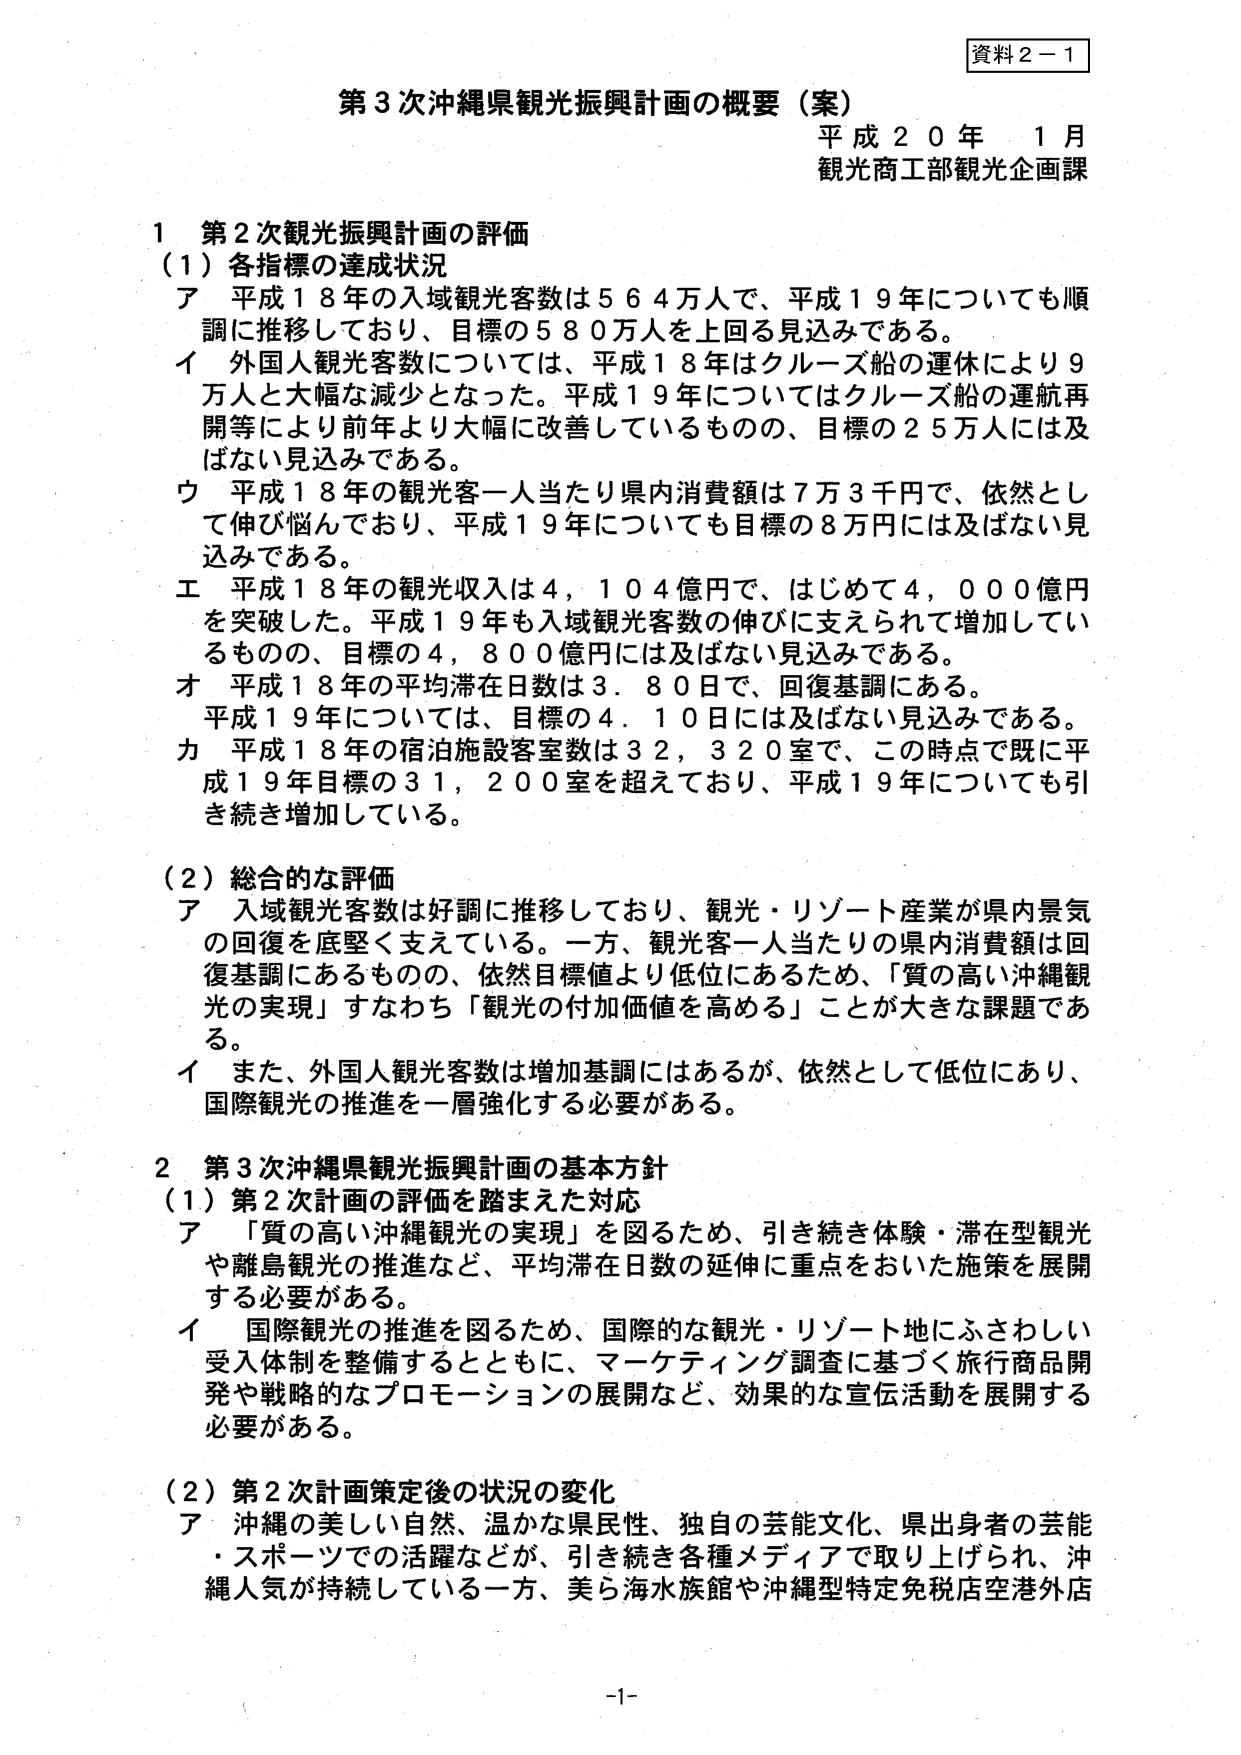
資料２－１

第３次沖縄県観光振興計画の概要（案）
平成２０年　１月
観光商工部観光企画課

１　第２次観光振興計画の評価
（１）各指標の達成状況
ア　平成１８年の入域観光客数は５６４万人で、平成１９年についても順調に推移しており、目標の５８０万人を上回る見込みである。
イ　外国人観光客数については、平成１８年はクルーズ船の運休により９万人と大幅な減少となった。平成１９年についてはクルーズ船の運航再開等により前年より大幅に改善しているものの、目標の２５万人には及ばない見込みである。
ウ　平成１８年の観光客一人当たり県内消費額は７万３千円で、依然として伸び悩んでおり、平成１９年についても目標の８万円には及ばない見込みである。
エ　平成１８年の観光収入は４，１０４億円で、はじめて４，０００億円を突破した。平成１９年も入域観光客数の伸びに支えられて増加しているものの、目標の４，８００億円には及ばない見込みである。
オ　平成１８年の平均滞在日数は３．８０日で、回復基調にある。平成１９年については、目標の４．１０日には及ばない見込みである。
カ　平成１８年の宿泊施設客室数は３２，３２０室で、この時点で既に平成１９年目標の３１，２００室を超えており、平成１９年についても引き続き増加している。

（２）総合的な評価
ア　入域観光客数は好調に推移しており、観光・リゾート産業が県内景気の回復を底堅く支えている。一方、観光客一人当たりの県内消費額は回復基調にあるものの、依然目標値より低位にあるため、「質の高い沖縄観光の実現」すなわち「観光の付加価値を高める」ことが大きな課題である。
イ　また、外国人観光客数は増加基調にはあるが、依然として低位にあり、国際観光の推進を一層強化する必要がある。

２　第３次沖縄県観光振興計画の基本方針
（１）第２次計画の評価を踏まえた対応
ア　「質の高い沖縄観光の実現」を図るため、引き続き体験・滞在型観光や離島観光の推進など、平均滞在日数の延伸に重点をおいた施策を展開する必要がある。
イ　国際観光の推進を図るため、国際的な観光・リゾート地にふさわしい受入体制を整備するとともに、マーケティング調査に基づく旅行商品開発や戦略的なプロモーションの展開など、効果的な宣伝活動を展開する必要がある。

（２）第２次計画策定後の状況の変化
ア　沖縄の美しい自然、温かな県民性、独自の芸能文化、県出身者の芸能・スポーツでの活躍などが、引き続き各種メディアで取り上げられ、沖縄人気が持続している一方、美ら海水族館や沖縄型特定免税店空港外店

-1-